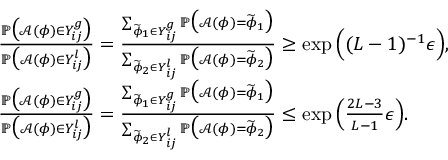
\begin{array} { r l } & { \frac { \mathbb { P } \big ( \mathcal { A } ( \phi ) \in Y _ { i j } ^ { g } \big ) } { \mathbb { P } \big ( \mathcal { A } ( \phi ) \in Y _ { i j } ^ { l } \big ) } = \frac { \sum _ { \widetilde { \phi } _ { 1 } \in Y _ { i j } ^ { g } } \mathbb { P } \big ( \mathcal { A } ( \phi ) = \widetilde { \phi } _ { 1 } \big ) } { \sum _ { \widetilde { \phi } _ { 2 } \in Y _ { i j } ^ { l } } \mathbb { P } \big ( \mathcal { A } ( \phi ) = \widetilde { \phi } _ { 2 } \big ) } \geq \exp \Big ( ( L - 1 ) ^ { - 1 } \epsilon \Big ) , } \\ & { \frac { \mathbb { P } \big ( \mathcal { A } ( \phi ) \in Y _ { i j } ^ { g } \big ) } { \mathbb { P } \big ( \mathcal { A } ( \phi ) \in Y _ { i j } ^ { l } \big ) } = \frac { \sum _ { \widetilde { \phi } _ { 1 } \in Y _ { i j } ^ { g } } \mathbb { P } \big ( \mathcal { A } ( \phi ) = \widetilde { \phi } _ { 1 } \big ) } { \sum _ { \widetilde { \phi } _ { 2 } \in Y _ { i j } ^ { l } } \mathbb { P } \big ( \mathcal { A } ( \phi ) = \widetilde { \phi } _ { 2 } \big ) } \leq \exp \Big ( \frac { 2 L - 3 } { L - 1 } \epsilon \Big ) . } \end{array}